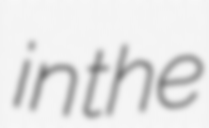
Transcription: in the